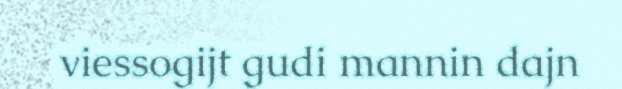
viessogijt gudi mannin dajn